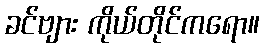
ခင်ဗျား ကိုယ်တိုင်ကရော။